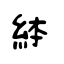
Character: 絊